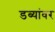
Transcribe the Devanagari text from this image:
डब्यांवर